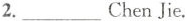
2.___ChenJie.